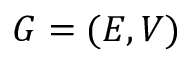
G = ( E , V )